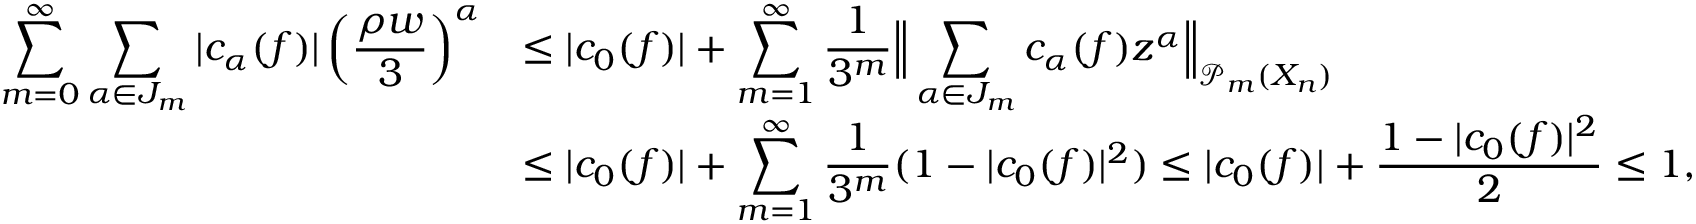
\begin{array} { r l } { \displaystyle \sum _ { m = 0 } ^ { \infty } \displaystyle \sum _ { \alpha \in J _ { m } } | c _ { \alpha } ( f ) | \left( \frac { \rho w } { 3 } \right) ^ { \alpha } } & { \le | c _ { 0 } ( f ) | + \displaystyle \sum _ { m = 1 } ^ { \infty } \frac { 1 } { 3 ^ { m } } \Big \| \displaystyle \sum _ { \alpha \in J _ { m } } c _ { \alpha } ( f ) z ^ { \alpha } \Big \| _ { \mathcal P _ { m } ( { X _ { n } } ) } } \\ & { \le | c _ { 0 } ( f ) | + \displaystyle \sum _ { m = 1 } ^ { \infty } \frac { 1 } { 3 ^ { m } } ( 1 - | c _ { 0 } ( f ) | ^ { 2 } ) \le | c _ { 0 } ( f ) | + \frac { 1 - | c _ { 0 } ( f ) | ^ { 2 } } { 2 } \le 1 , } \end{array}